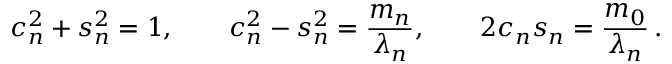
c _ { n } ^ { 2 } + s _ { n } ^ { 2 } = 1 , \qquad c _ { n } ^ { 2 } - s _ { n } ^ { 2 } = \frac { m _ { n } } { \lambda _ { n } } , \qquad 2 c _ { n } s _ { n } = \frac { m _ { 0 } } { \lambda _ { n } } \, .